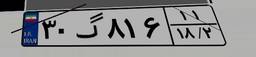
۳۰گ۸۱۶۱۱